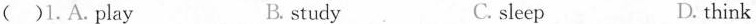
( )1.A.Play B.study C. sleep D. think